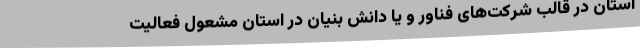
استان در قالب شرکت‌های فناور و یا دانش بنیان در استان مشعول فعالیت